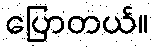
ပြောတယ်။